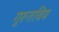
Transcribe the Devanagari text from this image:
गुरूतविय